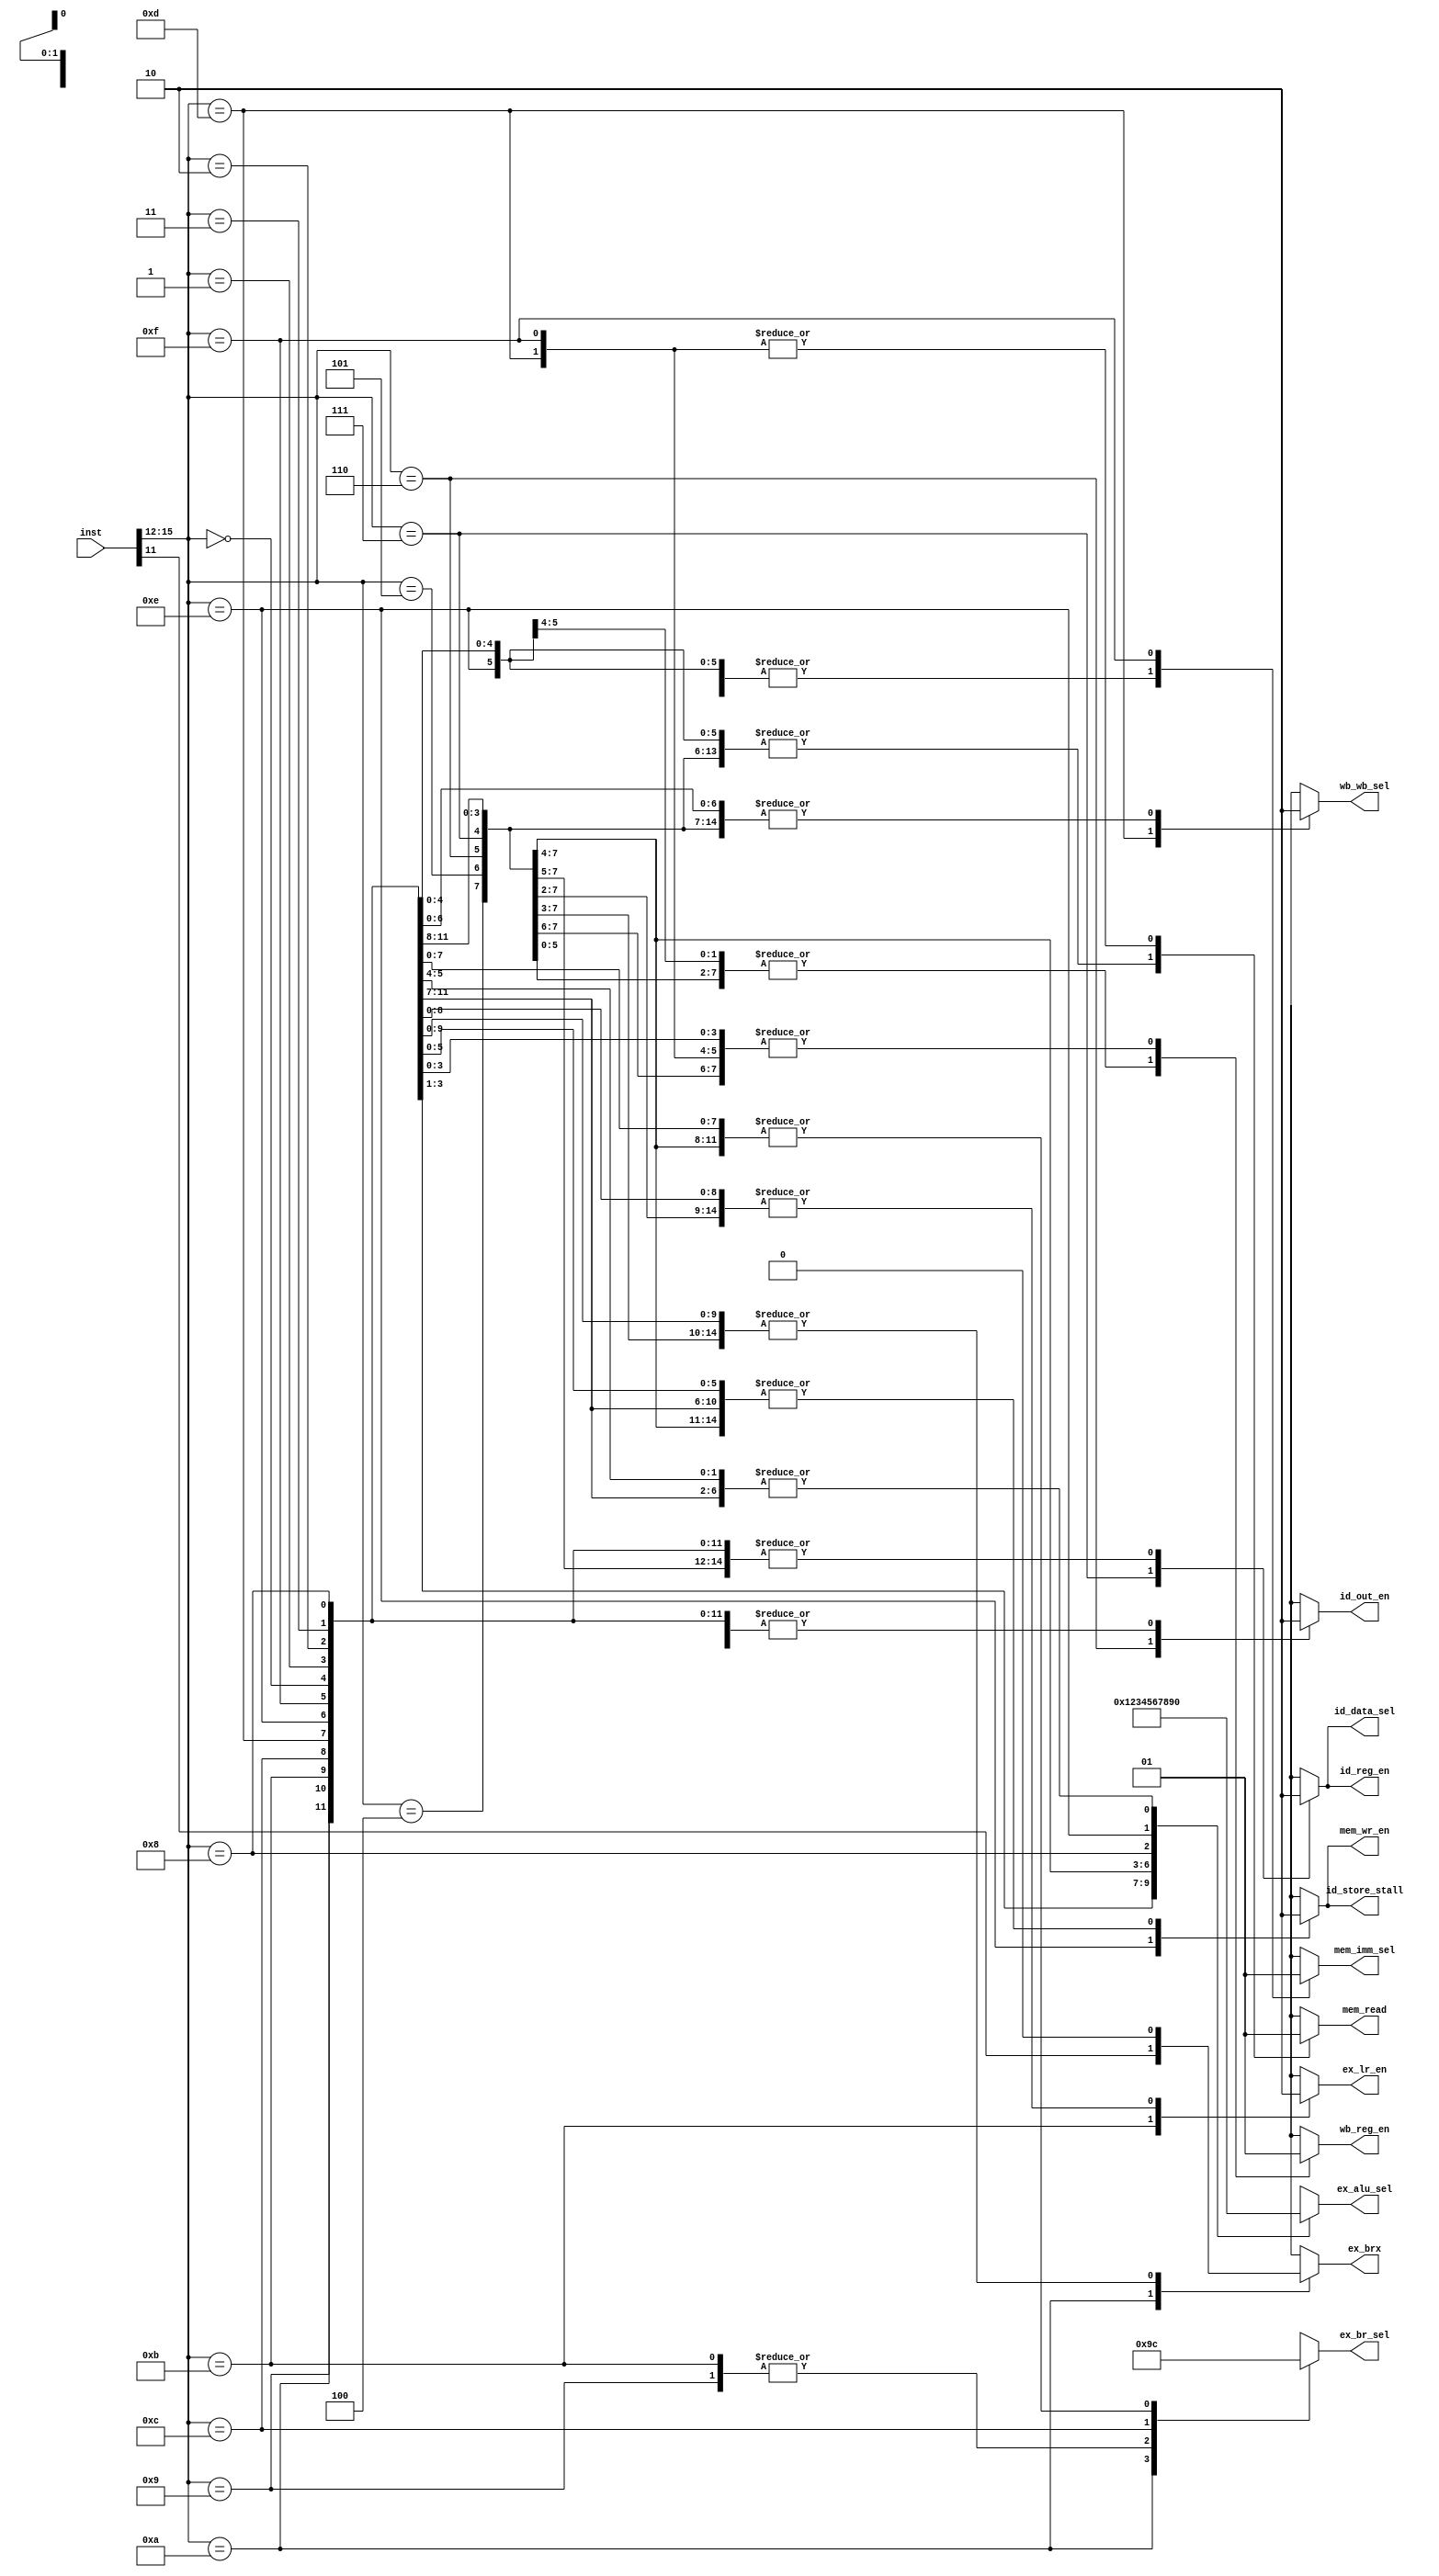
module controller_CPU(
    input   [15:0]  inst,
     
    output  	reg    		id_out_en,      //Instruction Decoding Stage
    output  	reg		id_reg_en,
    output  	reg		id_data_sel,
    output      reg		id_store_stall,

    output 	reg 	        ex_lr_en,       //Instruction Execution Stage
    output 	reg 	        ex_brx,
    output 	reg 	[3:0]   ex_alu_sel,
    output 	reg 	[1:0]   ex_br_sel,        //if BR LR
			
    output 	reg 	        mem_wr_en,      //Memory Stage 
    output 	reg 	        mem_imm_sel,
    output 	reg		mem_read,
			
    output 	reg 	        wb_wb_sel,      //Write Back Stage
    output 	reg 	        wb_reg_en

);


    always @(*) begin

        case (inst[15:12])
            4'b0000:    begin   //NOP
                id_out_en <=        1'b0; 
		id_reg_en <=        1'b0; 
		id_data_sel <=      1'b0; 
		id_store_stall <=   1'b0;

                ex_lr_en <=         1'b0;
                ex_brx <=           1'b0;
                ex_alu_sel <=       4'b0000;
                ex_br_sel <=        2'b00;

                mem_wr_en <=        1'b0;
                mem_imm_sel <=      1'b0;
		mem_read <= 	    1'b0;

                wb_wb_sel <=        1'b0;
                wb_reg_en <=        1'b0;
            end
            4'b0001:    begin   //ADD
                id_out_en <=        1'b0; 
		id_reg_en <=        1'b0; 
		id_data_sel <=      1'b0; 
		id_store_stall <=   1'b0;

                ex_lr_en <=         1'b0;
                ex_brx <=           1'b0;
                ex_alu_sel <=       4'b0001;
                ex_br_sel <=        2'b00;

                mem_wr_en <=        1'b0;
                mem_imm_sel <=      1'b0; 
		mem_read <= 1'b0;

                wb_wb_sel <=        1'b0;
                wb_reg_en <=        1'b1;
            end
            4'b0010:    begin   //SUB
                id_out_en <=        1'b0; 
		id_reg_en <=        1'b0; 
		id_data_sel <=      1'b0; 
		id_store_stall <=   1'b0;

                ex_lr_en <=         1'b0;
                ex_brx <=           1'b0;
                ex_alu_sel <=       4'b0010;
                ex_br_sel <=        2'b00;

                mem_wr_en <=        1'b0;
                mem_imm_sel <=      1'b0; 
		mem_read <= 1'b0;

                wb_wb_sel <=        1'b0;
                wb_reg_en <=        1'b1;
            end
            4'b0011:    begin   //NAND
                id_out_en <=        1'b0; 
		id_reg_en <=        1'b0; 
		id_data_sel <=      1'b0; 
		id_store_stall <=   1'b0;

                ex_lr_en <=         1'b0;
                ex_brx <=           1'b0;
                ex_alu_sel <=       4'b0011;
                ex_br_sel <=        2'b00;

                mem_wr_en <=        1'b0;
                mem_imm_sel <=      1'b0; 
		mem_read <= 1'b0;

                wb_wb_sel <=        1'b0;
                wb_reg_en <=        1'b1;
            end
            4'b0100:    begin   //SHL   
                id_out_en <=        1'b0; 
		id_reg_en <=        1'b0; 
		id_data_sel <=      1'b0; 
		id_store_stall <=   1'b0;

                ex_lr_en <=         1'b0;
                ex_brx <=           1'b0;
                ex_alu_sel <=       4'b0100;
                ex_br_sel <=        2'b00;

                mem_wr_en <=        1'b0;
                mem_imm_sel <=      1'b0; 
		mem_read <= 1'b0;

                wb_wb_sel <=        1'b0;
                wb_reg_en <=        1'b1;
            end
            4'b0101:    begin   //SHR
                id_out_en <=        1'b0; 
		id_reg_en <=        1'b0; 
		id_data_sel <=      1'b0; 
		id_store_stall <=   1'b0;

                ex_lr_en <=         1'b0;
                ex_brx <=           1'b0;
                ex_alu_sel <=       4'b0101;
                ex_br_sel <=        2'b00;

                mem_wr_en <=        1'b0;
                mem_imm_sel <=      1'b0; 
		mem_read <= 1'b0;

                wb_wb_sel <=        1'b0;
                wb_reg_en <=        1'b1;
            end
            4'b0110:    begin   //OUT
                id_out_en <=        1'b1; 
		id_reg_en <=	    1'b0;
		id_data_sel <=      1'b0;
		id_store_stall <=   1'b0;

                ex_lr_en <=         1'b0;
                ex_brx <=           1'b0;
                ex_alu_sel <=       4'b0110;
                ex_br_sel <=        2'b00;

                mem_wr_en <=        1'b0;
                mem_imm_sel <=      1'b0; 
		mem_read <= 1'b0;

                wb_wb_sel <=        1'b0;
                wb_reg_en <=        1'b0;
            end
            4'b0111:    begin   //IN
                id_out_en <=        1'b0; 
		id_reg_en <=        1'b1; 
		id_data_sel <=      1'b1;
		id_store_stall <=   1'b0;

                ex_lr_en <=         1'b0;
                ex_brx <=           1'b0;
                ex_alu_sel <=       4'b0111;
                ex_br_sel <=        2'b00;

                mem_wr_en <=        1'b0;
                mem_imm_sel <=      1'b0; 
		mem_read <= 1'b0;

                wb_wb_sel <=        1'b0;
                wb_reg_en <=        1'b0;
            end
            4'b1000:    begin   //MOV
                id_out_en <=        1'b0; 
		id_reg_en <=        1'b0; 
		id_data_sel <=      1'b0; 
		id_store_stall <=   1'b0;

                ex_lr_en <=         1'b0;
                ex_brx <=           1'b0;
                ex_alu_sel <=       4'b1000;
                ex_br_sel <=        2'b00;

                mem_wr_en <=        1'b0;
                mem_imm_sel <=      1'b0; 
		mem_read <= 1'b0;

                wb_wb_sel <=        1'b0;
                wb_reg_en <=        1'b1;
            end
            4'b1001:    begin   //BR
                id_out_en <=        1'b0; 
		id_reg_en <=        1'b0; 
		id_data_sel <=      1'b0; 
		id_store_stall <=   1'b0;

                ex_lr_en <=         1'b0;
                ex_brx <=           1'b0;
                ex_alu_sel <=       4'b0000;
                ex_br_sel <=          2'b01;

                mem_wr_en <=        1'b0;
                mem_imm_sel <=      1'b0; 
		mem_read <= 1'b0;

                wb_wb_sel <=        1'b0;
                wb_reg_en <=        1'b0;
            end
            4'b1010:    begin   //BR.Z/BR.N 
                id_out_en <=        1'b0; 
		id_reg_en <=        1'b0; 
		id_data_sel <=      1'b0; 
		id_store_stall <=   1'b0;

                ex_lr_en <=         1'b0;
                ex_brx <=           inst[11];
                ex_alu_sel <=       4'b0000;
                ex_br_sel <=        2'b10;

                mem_wr_en <=        1'b0;
                mem_imm_sel <=      1'b0; 
		mem_read <= 1'b0;

                wb_wb_sel <=        1'b0;
                wb_reg_en <=        1'b0;
            end
            4'b1011:    begin   //BR.SUB
                id_out_en <=        1'b0; 
		id_reg_en <=        1'b0; 
		id_data_sel <=      1'b0; 
		id_store_stall <=   1'b0;

                ex_lr_en <=         1'b1;
                ex_brx <=           1'b0;
                ex_alu_sel <=       4'b0000;
                ex_br_sel <=        2'b01;

                mem_wr_en <=        1'b0;
                mem_imm_sel <=      1'b0; 
		mem_read <= 1'b0;

                wb_wb_sel <=        1'b0;
                wb_reg_en <=        1'b0;
            end
            4'b1100:    begin   //RETURN
                id_out_en <=        1'b0; 
		id_reg_en <=        1'b0; 
		id_data_sel <=      1'b0; 
		id_store_stall <=   1'b0;

                ex_lr_en <=         1'b0;
                ex_brx <=           1'b0;
                ex_alu_sel <=       4'b0000;
                ex_br_sel <=          2'b11;

                mem_wr_en <=        1'b0;
                mem_imm_sel <=      1'b0; 
		mem_read <= 1'b0;

                wb_wb_sel <=        1'b0;
                wb_reg_en <=        1'b0;
            end
            4'b1101:    begin   //LOAD
                id_out_en <=        1'b0; 
		id_reg_en <=        1'b0; 
		id_data_sel <=      1'b0; 
		id_store_stall <=   1'b0;

                ex_lr_en <=         1'b0;
                ex_brx <=           1'b0;
                ex_alu_sel <=       4'b0000;
                ex_br_sel <=        2'b00;

                mem_wr_en <=        1'b0;
                mem_imm_sel <=      1'b0; 
		mem_read <= 	    1'b1;

                wb_wb_sel <=        1'b1;
                wb_reg_en <=        1'b1;
            end
            4'b1110:    begin   //STORE
                id_out_en <=        1'b0; 
		id_reg_en <=        1'b0; 
		id_data_sel <=      1'b0; 
		id_store_stall <=   1'b1;

                ex_lr_en <=         1'b0;
                ex_brx <=           1'b0;
                ex_alu_sel <=       4'b1001;
                ex_br_sel <=        2'b00;

                mem_wr_en <=        1'b1;
                mem_imm_sel <=      1'b0; 
		mem_read <= 1'b0;

                wb_wb_sel <=        1'b0;
                wb_reg_en <=        1'b0;
            end
            4'b1111:    begin   //LOADIMM
                id_out_en <=        1'b0; 
		id_reg_en <=        1'b0; 
		id_data_sel <=      1'b0; 
		id_store_stall <=   1'b0;

                ex_lr_en <=         1'b0;
                ex_brx <=           1'b0;
                ex_alu_sel <=       4'b0000;
                ex_br_sel <=        2'b00;

                mem_wr_en <=        1'b0;
                mem_imm_sel <=      1'b1;
		mem_read <= 	    1'b1;

                wb_wb_sel <=        1'b0;
                wb_reg_en <=        1'b1;
            end
            default: begin      //NOP
                id_out_en <=        1'b0; 
		id_reg_en <=        1'b0; 
		id_data_sel <=      1'b0; 
		id_store_stall <=   1'b0;

                ex_lr_en <=         1'b0;
                ex_brx <=           1'b0;
                ex_alu_sel <=       4'b0000;
                ex_br_sel <=        2'b00;

                mem_wr_en <=        1'b0;
                mem_imm_sel <=      1'b0; 
		mem_read <= 1'b0;

                wb_wb_sel <=        1'b0;
                wb_reg_en <=        1'b0;
            end

        endcase

    end


endmodule